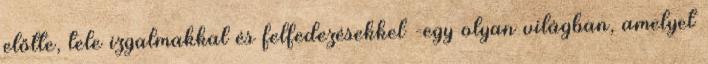
előtte, tele izgalmakkal és felfedezésekkel -egy olyan világban, amelyet